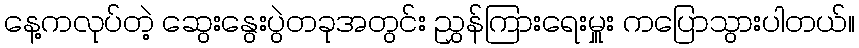
နေ့ကလုပ်တဲ့ ဆွေးနွေးပွဲတခုအတွင်း ညွှန်ကြားရေးမှူး ကပြောသွားပါတယ်။